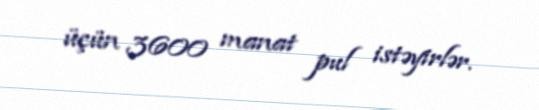
üçün 3600 manat pul istəyirlər.